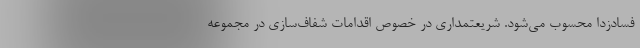
فسادزدا محسوب می‌شود. شریعتمداری در خصوص اقدامات شفاف‌سازی در مجموعه